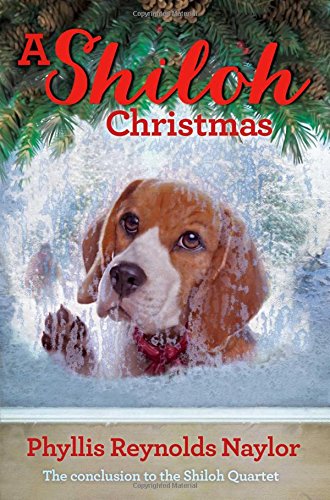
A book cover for A Shiloh Christmas (The Shiloh Quartet); Phyllis Reynolds Naylor; Children's Books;